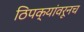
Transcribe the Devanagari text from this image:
ठिपक्यांवरूनच